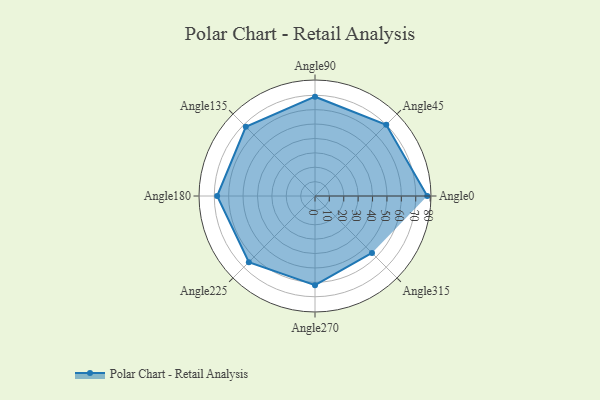
{"axis": {"x": "Angle", "y": "Radius"}, "legend": [""], "data": [{"x": "Angle0", "y": 78.0, "type": ""}, {"x": "Angle45", "y": 70.0, "type": ""}, {"x": "Angle90", "y": 69.0, "type": ""}, {"x": "Angle135", "y": 68.0, "type": ""}, {"x": "Angle180", "y": 68.0, "type": ""}, {"x": "Angle225", "y": 65.0, "type": ""}, {"x": "Angle270", "y": 62.0, "type": ""}, {"x": "Angle315", "y": 56.0, "type": ""}]}